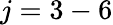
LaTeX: j=3-6